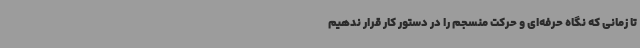
تا زمانی که نگاه حرفه‌ای و حرکت منسجم را در دستور کار قرار ندهیم